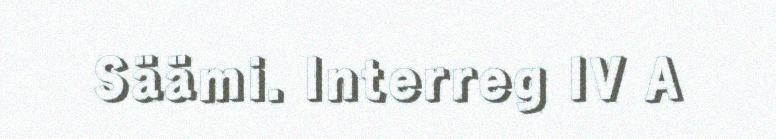
Säämi. Interreg IV A